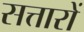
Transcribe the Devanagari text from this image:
सत्तारों